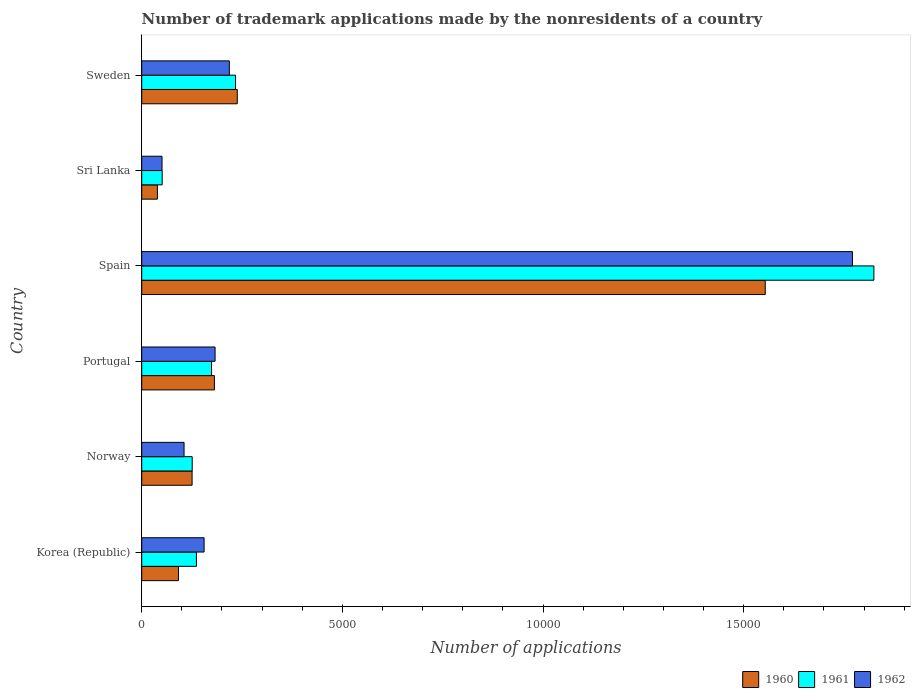
| Country | 1960 | 1961 | 1962 |
 | --- | --- | --- | --- |
 | Korea (Republic) | 916 | 1.36e+03 | 1.55e+03 |
 | Norway | 1.26e+03 | 1.26e+03 | 1.06e+03 |
 | Portugal | 1.81e+03 | 1.74e+03 | 1.83e+03 |
 | Spain | 1.55e+04 | 1.82e+04 | 1.77e+04 |
 | Sri Lanka | 391 | 510 | 506 |
 | Sweden | 2.38e+03 | 2.34e+03 | 2.18e+03 |